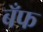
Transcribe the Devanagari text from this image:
बँफ